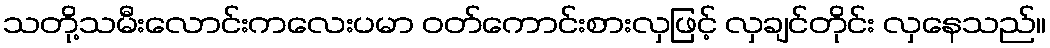
သတို့သမီးလောင်းကလေးပမာ ဝတ်ကောင်းစားလှဖြင့် လှချင်တိုင်း လှနေသည်။